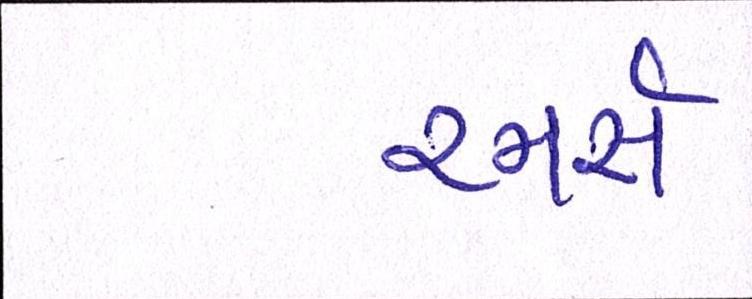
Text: રનર્સ